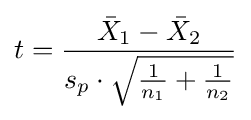
t={\frac {{\bar {X}}_{1}-{\bar {X}}_{2}}{s_{p}\cdot {\sqrt {{\frac {1}{n_{1}}}+{\frac {1}{n_{2}}}}}}}